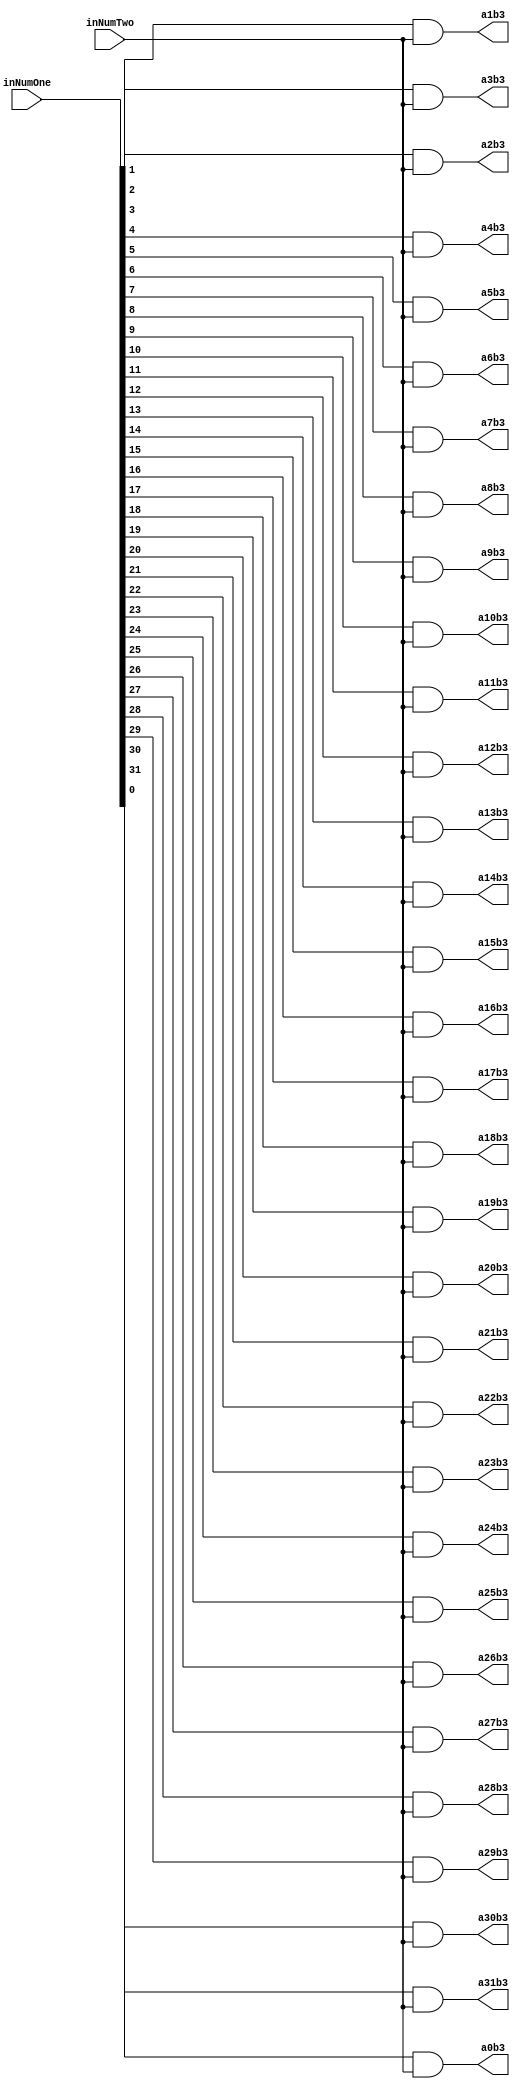
`timescale 1ns / 1ps

module PartialProductRow3(inNumOne,inNumTwo,a0b3,a1b3,a2b3,a3b3,a4b3,a5b3,a6b3,a7b3,a8b3,a9b3,a10b3,a11b3,a12b3,a13b3,a14b3,a15b3,a16b3,a17b3,a18b3,a19b3,a20b3,a21b3,a22b3,a23b3,a24b3,a25b3,a26b3,a27b3,a28b3,a29b3,a30b3,a31b3);
input [31:0] inNumOne;
input inNumTwo;
output reg a0b3,a1b3,a2b3,a3b3,a4b3,a5b3,a6b3,a7b3,a8b3,a9b3,a10b3,a11b3,a12b3,a13b3,a14b3,a15b3,a16b3,a17b3,a18b3,a19b3,a20b3,a21b3,a22b3,a23b3,a24b3,a25b3,a26b3,a27b3,a28b3,a29b3,a30b3,a31b3;

always@(inNumOne,inNumTwo)begin
	a0b3 <= inNumOne[0] & inNumTwo;
	a1b3 <= inNumOne[1] & inNumTwo;
	a2b3 <= inNumOne[2] & inNumTwo;
	a3b3 <= inNumOne[3] & inNumTwo;
	a4b3 <= inNumOne[4] & inNumTwo;
	a5b3 <= inNumOne[5] & inNumTwo;
	a6b3 <= inNumOne[6] & inNumTwo;
	a7b3 <= inNumOne[7] & inNumTwo;
	a8b3 <= inNumOne[8] & inNumTwo;
	a9b3 <= inNumOne[9] & inNumTwo;
	a10b3 <= inNumOne[10] & inNumTwo;
	a11b3 <= inNumOne[11] & inNumTwo;
	a12b3 <= inNumOne[12] & inNumTwo;
	a13b3 <= inNumOne[13] & inNumTwo;
	a14b3 <= inNumOne[14] & inNumTwo;
	a15b3 <= inNumOne[15] & inNumTwo;
	a16b3 <= inNumOne[16] & inNumTwo;
	a17b3 <= inNumOne[17] & inNumTwo;
	a18b3 <= inNumOne[18] & inNumTwo;
	a19b3 <= inNumOne[19] & inNumTwo;
	a20b3 <= inNumOne[20] & inNumTwo;
	a21b3 <= inNumOne[21] & inNumTwo;
	a22b3 <= inNumOne[22] & inNumTwo;
	a23b3 <= inNumOne[23] & inNumTwo;
	a24b3 <= inNumOne[24] & inNumTwo;
	a25b3 <= inNumOne[25] & inNumTwo;
	a26b3 <= inNumOne[26] & inNumTwo;
	a27b3 <= inNumOne[27] & inNumTwo;
	a28b3 <= inNumOne[28] & inNumTwo;
	a29b3 <= inNumOne[29] & inNumTwo;
	a30b3 <= inNumOne[30] & inNumTwo;
	a31b3 <= inNumOne[31] & inNumTwo;
end

endmodule